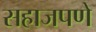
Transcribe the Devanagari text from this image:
सहाजपणे